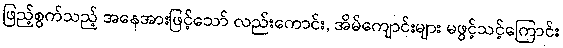
ဖြည့်စွက်သည့် အနေအားဖြင့်သော် လည်းကောင်း, အိမ်ကျောင်းများ မဖွင့်သင့်ကြောင်း